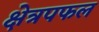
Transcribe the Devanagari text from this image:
क्षेत्रपफल